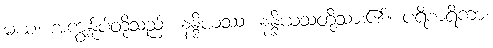
မယံ၊ အကျွန်ုပ်တို့သည်။ နန္ဒိယဿ၊ နန္ဒိယသတို့သား၏။ ပရိစာရိကာ၊